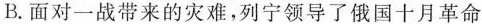
B.面对一战带来的灾难，列宁领导了俄国十月革命